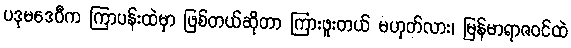
ပဒုမဒေဝီက ကြာပန်းထဲမှာ ဖြစ်တယ်ဆိုတာ ကြားဖူးတယ် မဟုတ်လား၊ မြန်မာရာဇဝင်ထဲ